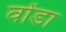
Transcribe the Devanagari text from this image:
वोंडा